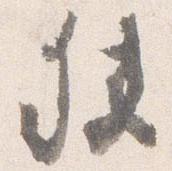
狭